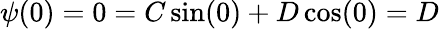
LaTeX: \psi(0)=0=C\sin(0)+D\cos(0)=D